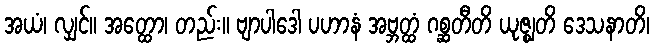
အယံ၊ လျှင်။ အတ္ထော၊ တည်း။ ဗျာပါဒေါ ပဟာနံ အဗ္ဘတ္ထံ ဂစ္ဆတီတိ ယုဇ္ဈတိ ဒေသနာတိ၊